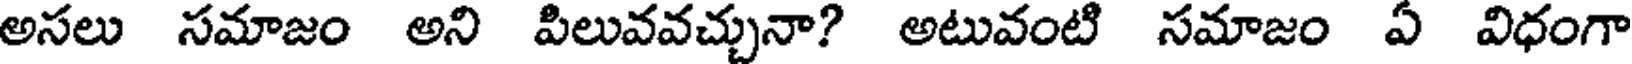
అసలు సమాజం అని పిలువవచ్చునా? అటువంటి సమాజం ఏ విధంగా